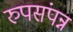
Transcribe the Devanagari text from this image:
रुपसंपन्न